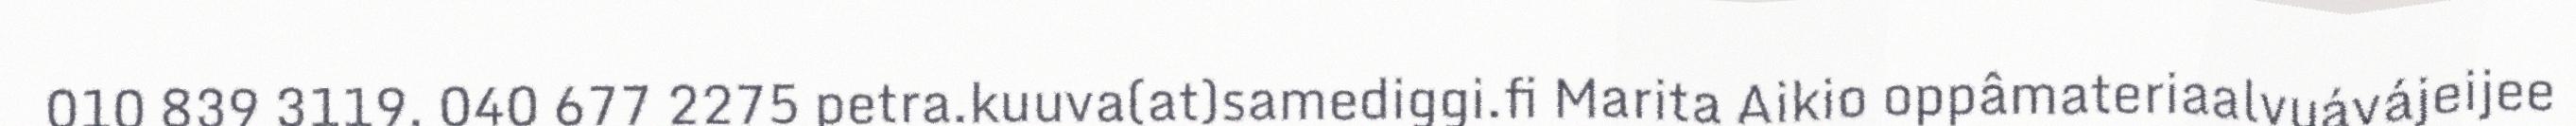
010 839 3119, 040 677 2275 petra.kuuva(at)samediggi.fi Marita Aikio oppâmateriaalvuávájeijee